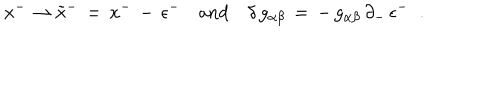
x ^ { - } \rightarrow \tilde { x } ^ { - } \, = \, x ^ { - } \, - \, \epsilon ^ { - } \quad \mathrm { a n d } \quad \delta \, g _ { \alpha \beta } \, = \, - \, g _ { \alpha \beta } \, \partial _ { - } \, \epsilon ^ { - } \; \; .